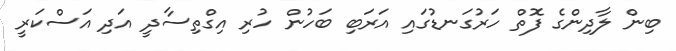
ބިން ލާދިންގެ ފޮތް ހަރުގަނޑުގައި އަރަބި ބަހުން ހުރި އިގްތިސާދީ އަދި އަސްކަރީ